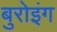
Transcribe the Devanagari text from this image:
बुरोइंग